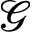
\mathcal { G }